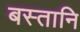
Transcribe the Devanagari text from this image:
बस्तानि